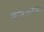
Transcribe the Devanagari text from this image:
कोष्टकरूपात